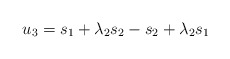
\begin{align*}\begin{aligned}u_3& = s_1 + \lambda_2s_2 - s_2 + \lambda_2s_1 \\\end{aligned}\end{align*}